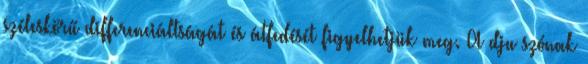
széleskörű differenciáltságát és átfedését figyelhetjük meg. A dju szónak